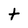
Character: t